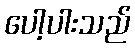
ပေါ့ပါးသည်